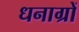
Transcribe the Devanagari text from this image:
धनाग्रों